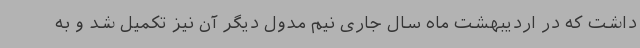
داشت که در اردیبهشت ماه سال جاری نیم مدول دیگر آن نیز تکمیل شد و به